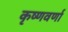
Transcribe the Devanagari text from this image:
कृष्णवर्णा